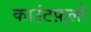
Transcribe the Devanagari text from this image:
काउंटफ़्लो